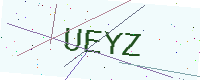
Text: UEYZ